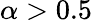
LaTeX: \alpha>0.5